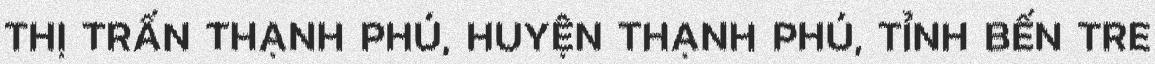
THỊ TRẤN THẠNH PHÚ, HUYỆN THẠNH PHÚ, TỈNH BẾN TRE